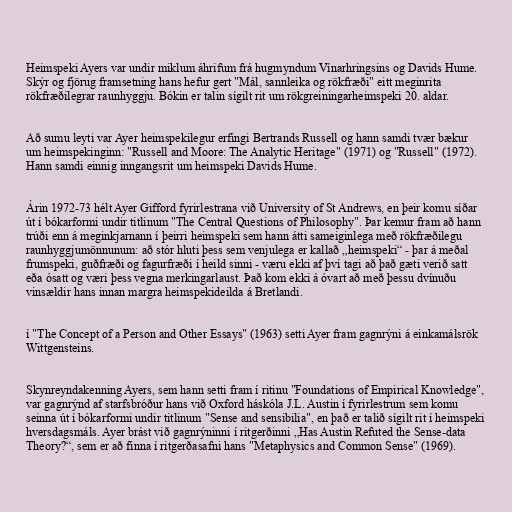
Heimspeki Ayers var undir miklum áhrifum frá hugmyndum Vínarhringsins og Davids Hume.
Skýr og fjörug framsetning hans hefur gert "Mál, sannleika og rökfræði" eitt meginrita
rökfræðilegrar raunhyggju. Bókin er talin sígilt rit um rökgreiningarheimspeki 20. aldar.

Að sumu leyti var Ayer heimspekilegur erfingi Bertrands Russell og hann samdi tvær bækur
um heimspekinginn: "Russell and Moore: The Analytic Heritage" (1971) og "Russell" (1972).
Hann samdi einnig inngangsrit um heimspeki Davids Hume.

Árin 1972-73 hélt Ayer Gifford fyrirlestrana við University of St Andrews, en þeir komu síðar
út í bókarformi undir titlinum "The Central Questions of Philosophy". Þar kemur fram að hann
trúði enn á meginkjarnann í þeirri heimspeki sem hann átti sameiginlega með rökfræðilegu
raunhyggjumönnunum: að stór hluti þess sem venjulega er kallað „heimspeki“ - þar á meðal
frumspeki, guðfræði og fagurfræði í heild sinni - væru ekki af því tagi að það gæti verið satt
eða ósatt og væri þess vegna merkingarlaust. Það kom ekki á óvart að með þessu dvínuðu
vinsældir hans innan margra heimspekideilda á Bretlandi.

í "The Concept of a Person and Other Essays" (1963) setti Ayer fram gagnrýni á einkamálsrök
Wittgensteins.

Skynreyndakenning Ayers, sem hann setti fram í ritinu "Foundations of Empirical Knowledge",
var gagnrýnd af starfsbróður hans við Oxford háskóla J.L. Austin í fyrirlestrum sem komu
seinna út í bókarformi undir titlinum "Sense and sensibilia", en það er talið sígilt rit í heimspeki
hversdagsmáls. Ayer brást við gagnrýninni í ritgerðinni „Has Austin Refuted the Sense-data
Theory?“, sem er að finna í ritgerðasafni hans "Metaphysics and Common Sense" (1969).